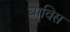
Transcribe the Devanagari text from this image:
बाविस